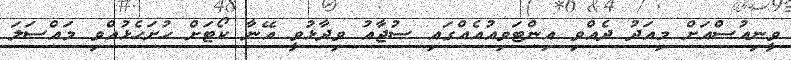
ވީނިއުސްއަށް މިއަދު ދެއްވި އިންޓަވިއުއެއްގައި ސުޖާއު ވިދާޅުވީ އޭނާ ކޯޓަށް ހުށަހެޅުއްވި މައްސަލަ